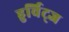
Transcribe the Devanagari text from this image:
हुर्विट्ज